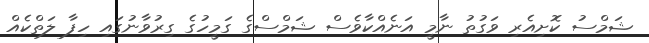
ޝަމްސު ކޮށިއެރި ވަގުތު ނާމީ އަނެއްކާވެސް ޝަމްސްގެ ގަމީހުގެ ގިރުވާނުގައި ހިފާ ލަތްކެއް